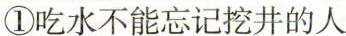
①吃水不能忘记挖井的人